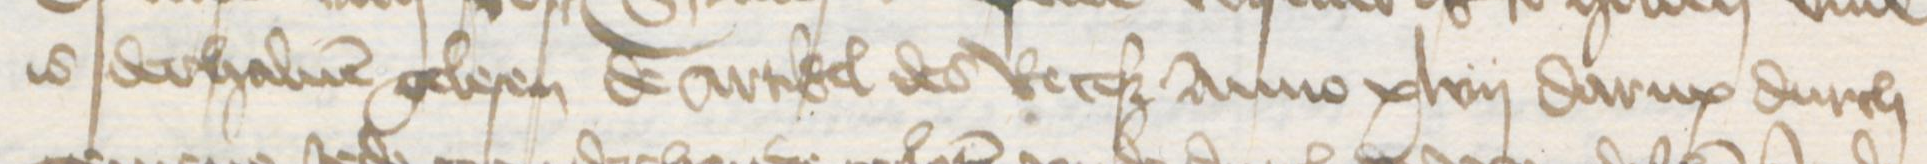
Transcription: is derhaluen gelesen de artikel des Receß Anno xlvij darup durch